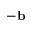
- \mathbf { b }